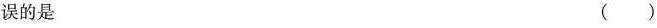
误的是 ()